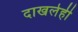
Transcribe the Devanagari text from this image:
दाखलेही